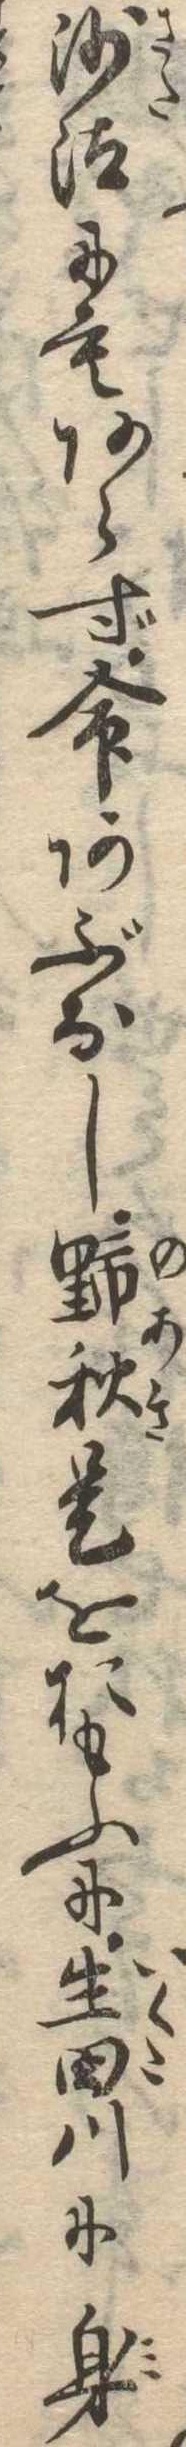
沙汰にもあらず命あぶなし野秋是をおもふに生田川に身